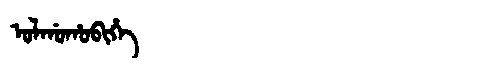
Manchu: ᠣᠯᡤᠣᡥᠣᠪᡳᡥᡝ
Romanization: OLGOHOBIHE